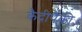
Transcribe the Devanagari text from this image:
कैदीपैकी